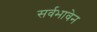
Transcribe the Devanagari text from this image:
सर्वभावेन